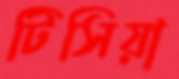
টিসিয়া